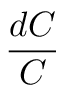
\frac { d C } { C }